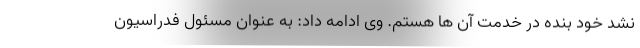
نشد خود بنده در خدمت آن ها هستم. وی ادامه داد: به عنوان مسئول فدراسیون